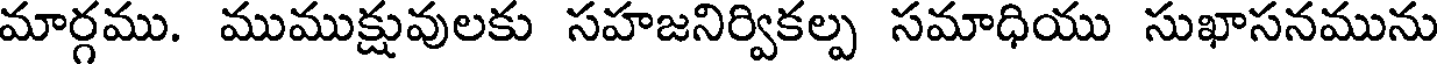
మార్గము. ముముక్షువులకు సహజనిర్వికల్ప సమాధియు సుఖాసనమును